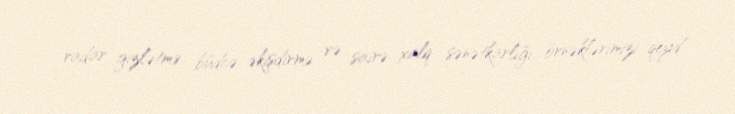
radar gizlətmə, büdcə əkişdirmə və sairə xalq sənətkarlığı örnəklərimizi qeyd